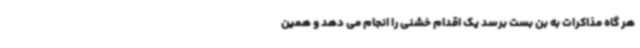
هر گاه مذاکرات به بن بست برسد یک اقدام خشنی را انجام می دهد و همین